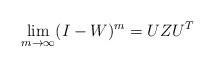
LaTeX: \begin{align*}\lim_{m\rightarrow \infty}(I-W)^m=U Z U^T\end{align*}